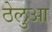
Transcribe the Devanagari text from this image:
ठेलुआ